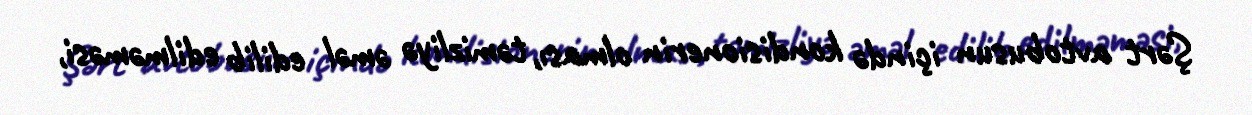
Şərt avtobusun içində kondisionerin olması, təmizliyə əməl edilib edilməməsi,